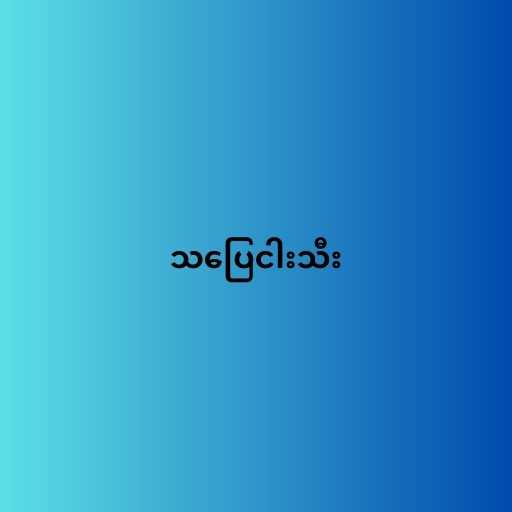
သပြေငါးသီး